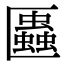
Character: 𠥨